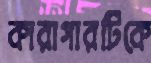
কারাগারটিকে